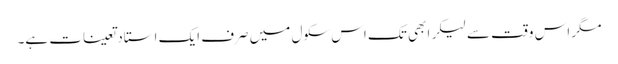
مگر اس وقت سے لیکر ابھی تک اس سکول میں صرف ایک استاد تعینات ہے۔